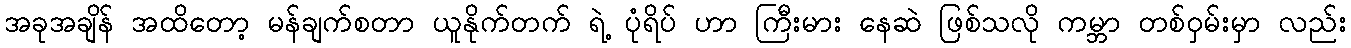
အခုအချိန် အထိတော့ မန်ချက်စတာ ယူနိုက်တက် ရဲ့ ပုံရိပ် ဟာ ကြီးမား နေဆဲ ဖြစ်သလို ကမ္ဘာ တစ်ဝှမ်းမှာ လည်း